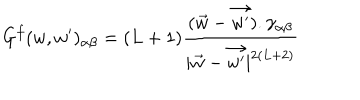
G ^ { f } ( w , w ^ { \prime } ) _ { \alpha \beta } = ( L + 1 ) \frac { { ( \vec { w } - \vec { w ^ { \prime } } ) } . \gamma _ { \alpha \beta } } { | \vec { w } - \vec { w ^ { \prime } } | ^ { 2 ( L + 2 ) } }